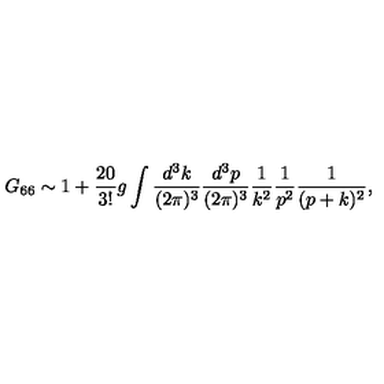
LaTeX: G _ { 6 6 } \sim 1 + \frac { 2 0 } { 3 ! } g \int \frac { d ^ { 3 } k } { ( 2 \pi ) ^ { 3 } } \frac { d ^ { 3 } p } { ( 2 \pi ) ^ { 3 } } \frac { 1 } { k ^ { 2 } } \frac { 1 } { p ^ { 2 } } \frac { 1 } { ( p + k ) ^ { 2 } } ,